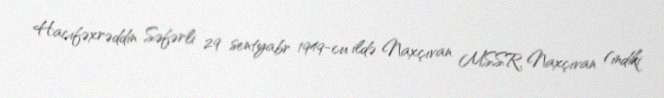
Hacıfəxrəddin Səfərli 29 sentyabr 1949-cu ildə Naxçıvan MSSR, Naxçıvan (indiki